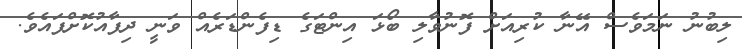
ލިބުނު ނަމަވެސް އޭނާ ކުރިއަށް ފޮނުވާލި ބޯޅަ އިންޓަގެ ޑިފެންޑަރެއް ވަނީ ދިފާއުކޮށްފައެވެ.